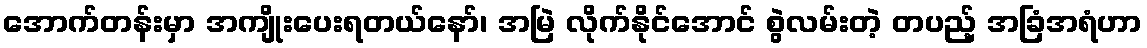
အောက်တန်းမှာ အကျိုးပေးရတယ်နော်၊ အမြဲ လိုက်နိုင်အောင် စွဲလမ်းတဲ့ တပည့် အခြံအရံဟာ